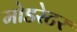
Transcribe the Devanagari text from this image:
मोडरेटर